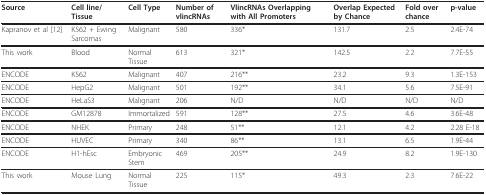
| Source | Cell line/Tissue | Cell Type | Number of vlincRNAs | VlincRNAs Overlapping with All Promoters | Overlap Expected by Chance | Fold over chance | p-value |
 | --- | --- | --- | --- | --- | --- | --- | --- |
 | Kapranov et al[12] | K562 + Ewing Sarcomas | Malignant | 580 | 336* | 131.7 | 2.5 | 2.4E-74 |
 | This work | Blood | Normal Tissue | 613 | 321* | 142.5 | 2.2 | 7.7E-55 |
 | ENCODE | K562 | Malignant | 407 | 216** | 23.2 | 9.3 | 1.3E-153 |
 | ENCODE | HepG2 | Malignant | 501 | 192** | 34.1 | 5.6 | 7.5E-91 |
 | ENCODE | HeLaS3 | Malignant | 206 | N/D | N/D | N/D | N/D |
 | ENCODE | GM12878 | Immortalized | 591 | 128** | 27.5 | 4.6 | 3.6E-48 |
 | ENCODE | NHEK | Primary | 248 | 51** | 12.1 | 4.2 | 2.28 E-18 |
 | ENCODE | HUVEC | Primary | 340 | 86** | 13.1 | 6.5 | 1.9E-44 |
 | ENCODE | H1-hEsc | Embryonic Stem | 469 | 205** | 24.9 | 8.2 | 1.9E-130 |
 | This work | Mouse Lung | Normal Tissue | 225 | 115* | 49.3 | 2.3 | 7.6E-22 |